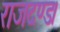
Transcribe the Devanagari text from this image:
राजदण्ड।